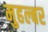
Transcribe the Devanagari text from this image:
मुहल्बर